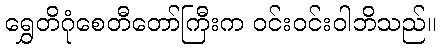
ရွှေတိဂုံစေတီတော်ကြီးက ဝင်းဝင်းဝါဘိသည်။